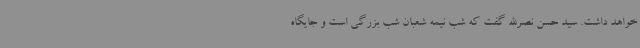
خواهد داشت. سید حسن نصرالله گفت که شب نیمه شعبان شب بزرگی است و جایگاه